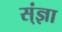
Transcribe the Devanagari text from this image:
स्ंज्ञा